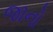
જાનો